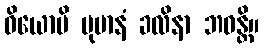
ဓိယောပိ ပုမာနံ ခလိနာ ဘဝန္တိ။